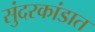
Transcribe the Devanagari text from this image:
सुंदरकांडात